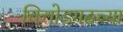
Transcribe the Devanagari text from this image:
चित्तोडगढच्या